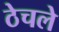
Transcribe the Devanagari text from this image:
ठेचले